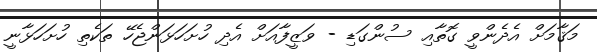
މަޤާމަށް އެދެންވީ ގޮތާއި ސުންގަޑި - ވަޒީފާއަށް އެދި ހުށަހަޅަންޖެހޭ ތަކެތި ހުށަހަޅާނީ